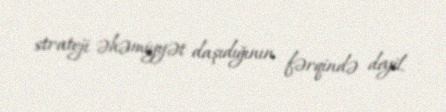
strateji əhəmiyyət daşıdığının fərqində deyil.